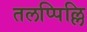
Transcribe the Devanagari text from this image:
तलप्पिल्लि